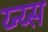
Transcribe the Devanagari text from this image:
य्न्य्स